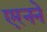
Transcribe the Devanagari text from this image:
एरनने